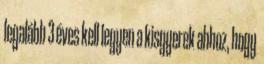
legalább 3 éves kell legyen a kisgyerek ahhoz, hogy